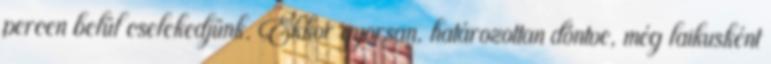
percen belül cselekedjünk. Ekkor gyorsan, határozottan döntve, még laikusként